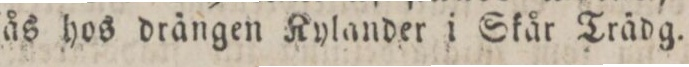
fås hos drängen Kylander i Skår Trädg.